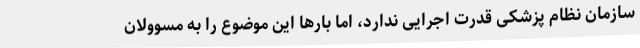
سازمان نظام پزشکی قدرت اجرایی ندارد، اما بارها این موضوع را به مسوولان